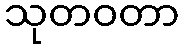
သုတဝတာ